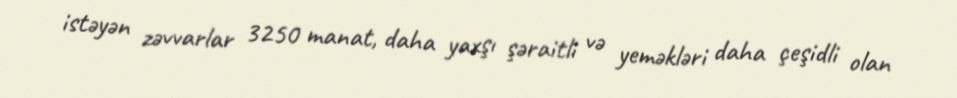
istəyən zəvvarlar 3250 manat, daha yaxşı şəraitli və yeməkləri daha çeşidli olan